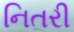
નિતરી